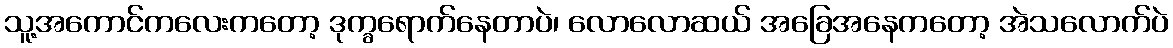
သူ့အကောင်ကလေးကတော့ ဒုက္ခရောက်နေတာပဲ၊ လောလောဆယ် အခြေအနေကတော့ အဲသလောက်ပဲ